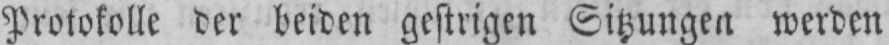
Protokolle der beiden gestrigen Sitzungen werden